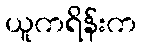
ယူကရိန်းက